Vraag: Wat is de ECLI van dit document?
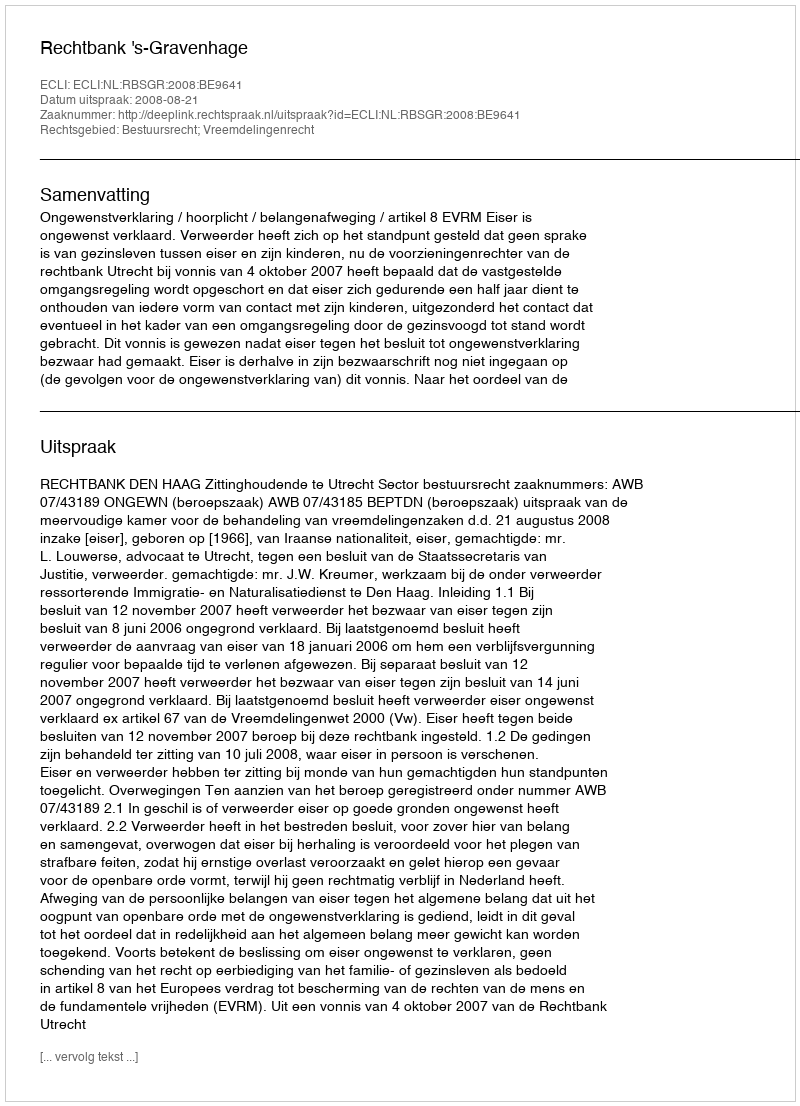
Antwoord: ECLI:NL:RBSGR:2008:BE9641